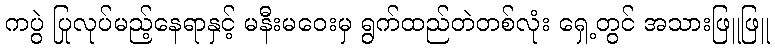
ကပွဲ ပြုလုပ်မည့်နေရာနှင့် မနီးမဝေးမှ ရွက်ထည်တဲတစ်လုံး ရှေ့တွင် အသားဖြူဖြူ